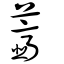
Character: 虀